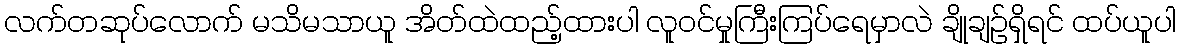
လက်တဆုပ်လောက် မသိမသာယူ အိတ်ထဲထည့်ထားပါ လူဝင်မှုကြီးကြပ်ရေမှာလဲ ချိုချဉ်ရှိရင် ထပ်ယူပါ